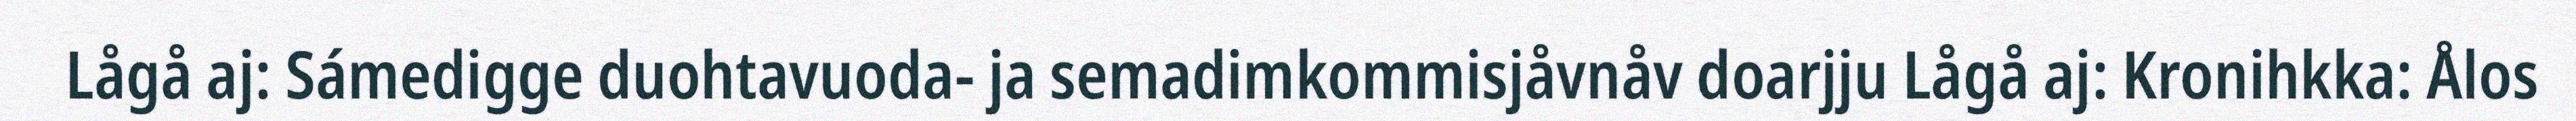
Lågå aj: Sámedigge duohtavuoda- ja semadimkommisjåvnåv doarjju Lågå aj: Kronihkka: Ålos